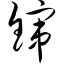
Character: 镩